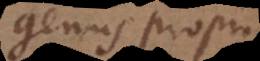
genus proprium